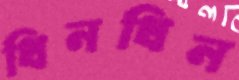
ধিনধিন